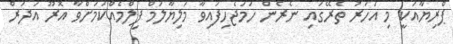
ޕްރިޔާއަކީ މި އަހަރު ތެރޭގައި ނެރެން ހަމަޖެހިފައިވާ މަލިޔާލަމް ފިލްމެއްކަމަށްވާ އޮރޫ އަދަރް